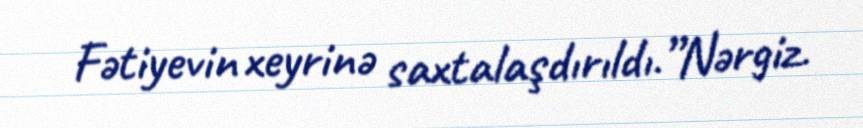
Fətiyevin xeyrinə saxtalaşdırıldı.”Nərgiz.